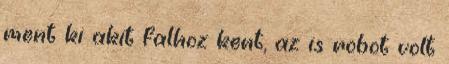
ment ki akit falhoz kent, az is robot volt